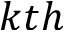
k t h